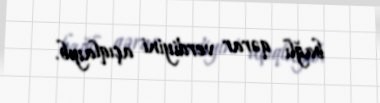
bağlı qərar verdiyini açıqlayıb.